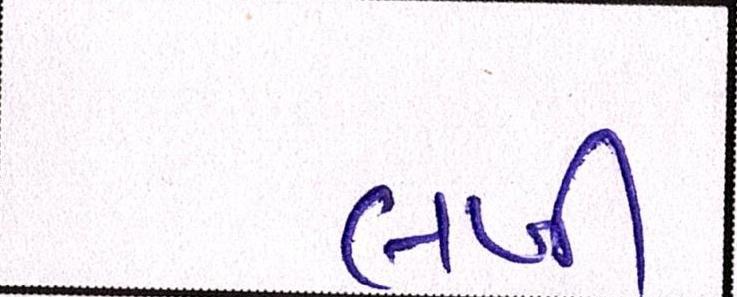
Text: લખી